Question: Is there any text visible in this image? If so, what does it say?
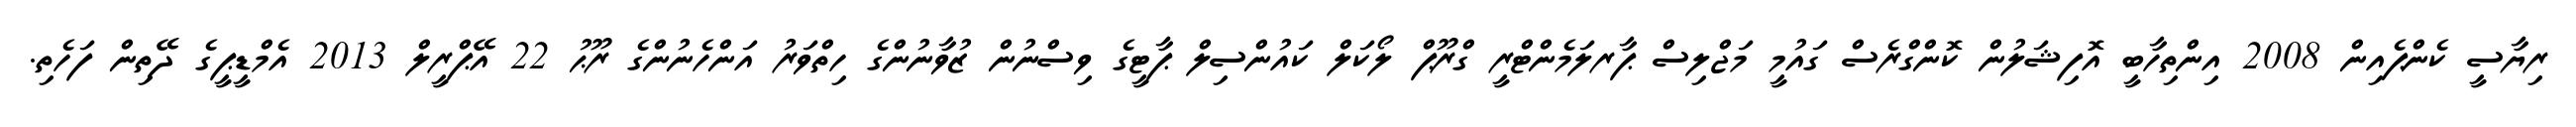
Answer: ރިޔާސީ ކެންޕެއިން 2008 އިންތިހާބީ އޮފިޝަލުން ކޮންގްރެސް ގައުމީ މަޖްލިސް ޕާރލަމެންޓްރީ ގްރޫޕް ލޯކަލް ކައުންސިލް ޕާޓީގެ ވިސްނުން ޒުވާނުންގެ ހިތްވަރު އަންހެނުންގެ ރޫޙު 22 އޭޕްރީލް 2013 އެމްޑީޕީގެ ދޭތިން ފަހެތި.